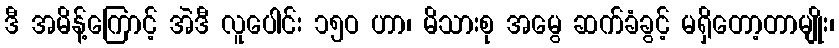
ဒီ အမိန့်ကြောင့် အဲဒီ လူပေါင်း ၁၅ဝ ဟာ၊ မိသားစု အမွေ ဆက်ခံခွင့် မရှိတော့တာမျိုး၊